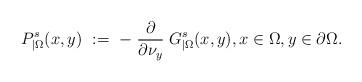
LaTeX: \begin{align*}P_{|\Omega}^s(x,y)\ :=\ -\left.\frac{\partial}{\partial\nu_y}\right. G^s_{|\Omega}(x,y), x\in\Omega, y\in\partial\Omega.\end{align*}